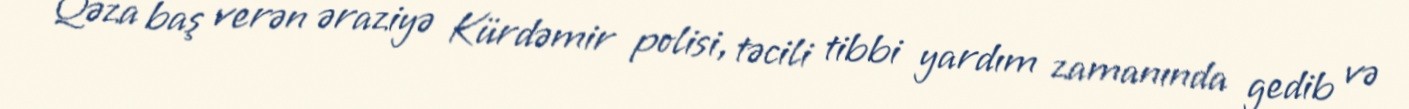
Qəza baş verən əraziyə Kürdəmir polisi, təcili tibbi yardım zamanında gedib və